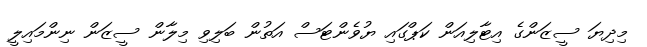
މިދިޔަ ސީޒަންގެ އިޓާލިއަން ކަޕްގައި ޔުވެންޓަސް އަތުން ބަލިވި މިލާން ސީޒަން ނިންމައިލީ